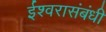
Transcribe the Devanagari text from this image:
ईश्वरासंबंधी